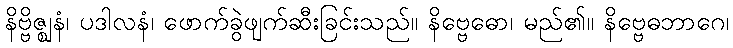
နိဗ္ဗိဇ္ဈနံ၊ ပဒါလနံ၊ ဖောက်ခွဲဖျက်ဆီးခြင်းသည်။ နိဗ္ဗေဓော၊ မည်၏။ နိဗ္ဗေဓဘာဂေ၊